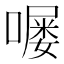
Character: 𫫵